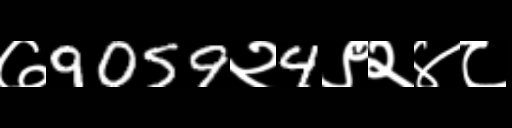
Text: ७9059२4९२४८